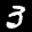
Label: 3